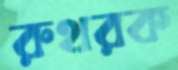
রুথরক